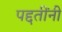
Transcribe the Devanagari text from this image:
पद्दतींनी